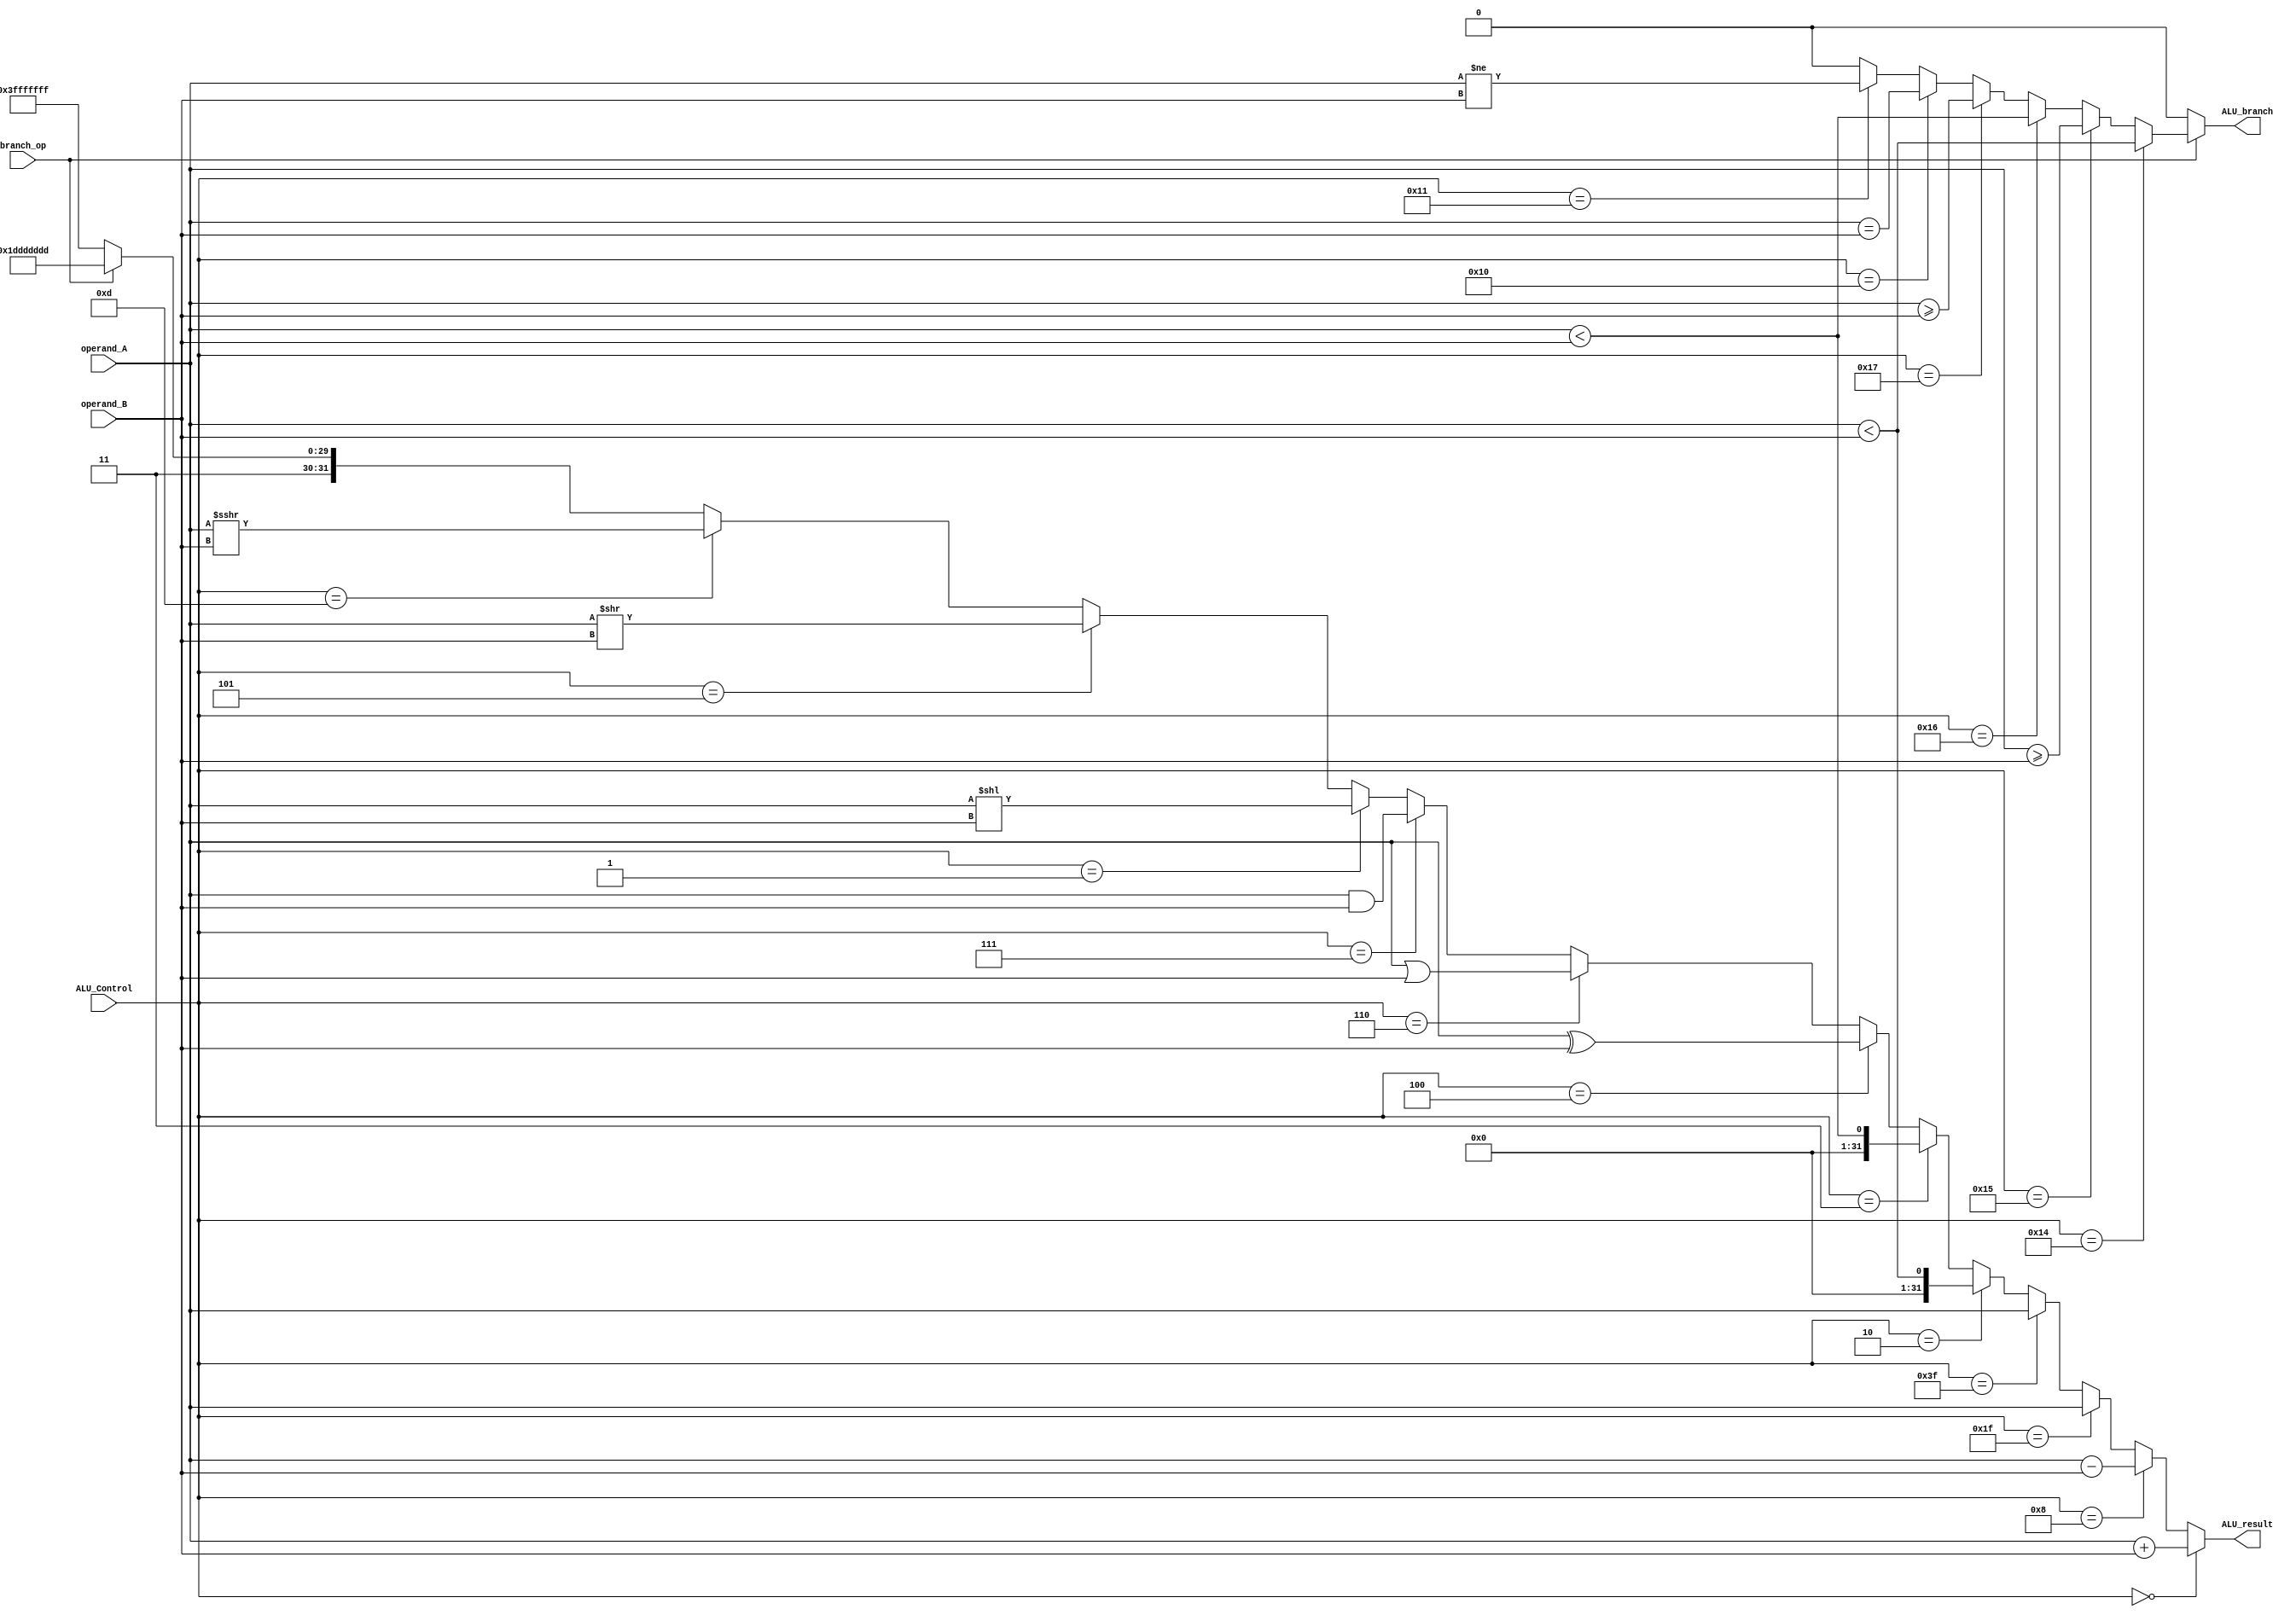
// Joshua Bone, Jonathan Hall
// BU ID: U22742355, U21798292
// EC413 Project: ALU Module

module ALU (
  input [5:0]  ALU_Control,
  input [31:0] operand_A,
  input [31:0] operand_B,
  input branch_op,
  output ALU_branch,
  output [31:0] ALU_result
);

/******************************************************************************
*                      Start Your Code Here
******************************************************************************/

assign ALU_branch = (~branch_op) ? 1'b0:                                            //if not branch_op, branch = 0
            (ALU_Control == 6'b010100) ? $signed(operand_A) < $signed(operand_B):   //BLT
            (ALU_Control == 6'b010101) ? $signed(operand_A) >= $signed(operand_B):  //BGE
            (ALU_Control == 6'b010110) ? operand_A < operand_B:                     //BLTU
            (ALU_Control == 6'b010111) ? operand_A >= operand_B:                    //BGEU  
            (ALU_Control == 6'b010000) ? operand_A == operand_B:                    //BEQ 
            (ALU_Control == 6'b010001) ? operand_A != operand_B:                    //BNE
            0;                                                                      //default to not branching

assign ALU_result = (ALU_Control == 6'b000000) ? operand_A + operand_B:             //ADD
            (ALU_Control == 6'b001000) ? operand_A - operand_B:                     //SUB
            (ALU_Control == 6'b011111) ? operand_A:                                 //JAL pass operand_A
            (ALU_Control == 6'b111111) ? operand_A:                                 //JALR pass operand_A 
            (ALU_Control == 6'b000010) ? $signed(operand_A) < $signed(operand_B):   //SLT, SLTI
            (ALU_Control == 6'b000011) ? operand_A < operand_B:                     //SLTIU, SLTU
            (ALU_Control == 6'b000100) ? operand_A ^ operand_B:                     //XOR, XORI
            (ALU_Control == 6'b000110) ? operand_A | operand_B:                     //ORI
            (ALU_Control == 6'b000111) ?  operand_A & operand_B:                    //AND,ANDI
            (ALU_Control == 6'b000001) ? operand_A << operand_B:                    //SLLI, logical shift left Immediate
            (ALU_Control == 6'b000101) ? operand_A >> operand_B:                    //SRLI, Logical shift right immediate
            (ALU_Control == 6'b001101) ? operand_A >>> operand_B:                   //SRAI, Arithmetic shift right immediate
            (branch_op) ? 32'hdddddddd:                                             //will show when branches are executed
            32'hFFFFFFFF;                                                           //de facto error code

endmodule